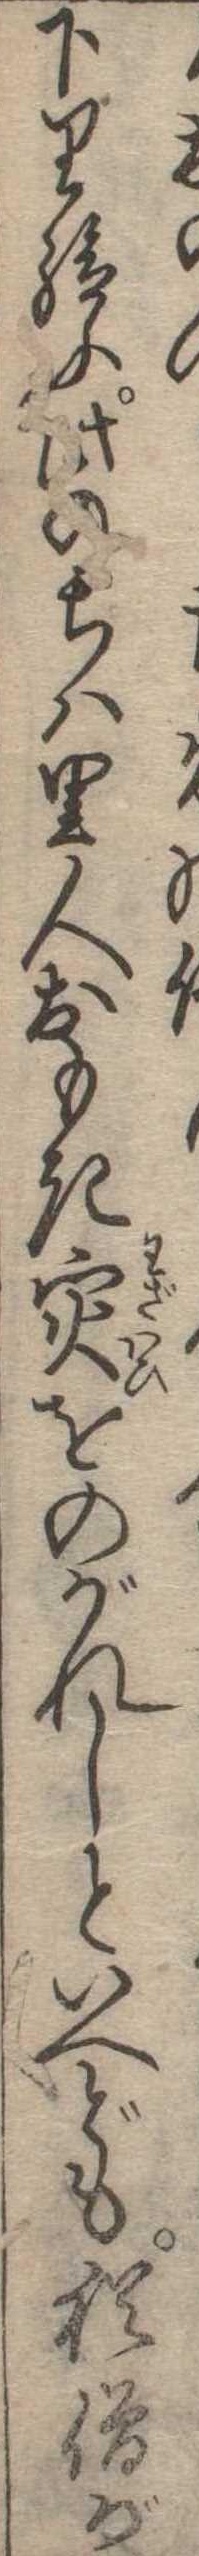
下り給ふ此のちは里人おもきをのがれしといへども猶僧が